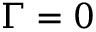
\Gamma = 0